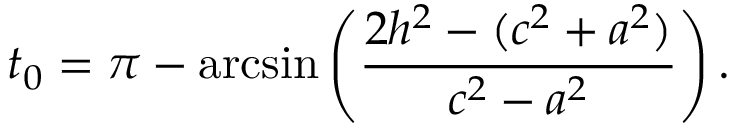
t _ { 0 } = \pi - \arcsin \left( \frac { 2 h ^ { 2 } - ( c ^ { 2 } + a ^ { 2 } ) } { c ^ { 2 } - a ^ { 2 } } \right) .